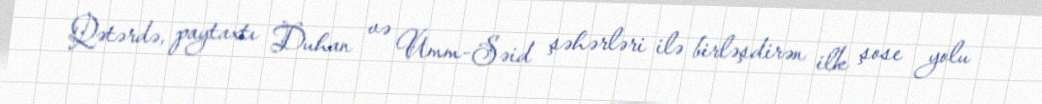
Qətərdə, paytaxtı Duhan və Umm-Səid şəhərləri ilə birləşdirən ilk şose yolu